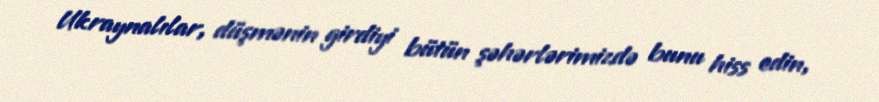
Ukraynalılar, düşmənin girdiyi bütün şəhərlərimizdə bunu hiss edin,